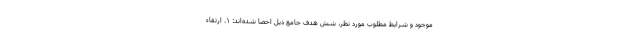
موجود و شرايط مطلوب مورد نظر، شش هدف جامع ذيل احصا شده‌اند: ۱. ارتقاء